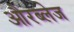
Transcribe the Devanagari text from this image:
औरब्लेज